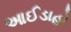
આઈડાહો